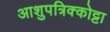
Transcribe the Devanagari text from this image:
आशुपत्रिक्कोट्टा